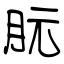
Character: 朊